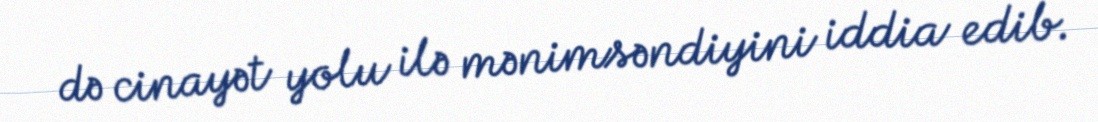
də cinayət yolu ilə mənimsəndiyini iddia edib.